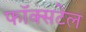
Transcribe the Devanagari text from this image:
फॉक्‍सटेल